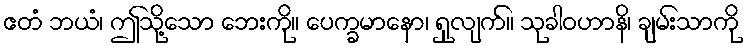
ဧတံ ဘယံ၊ ဤသို့သော ဘေးကို။ ပေက္ခမာနော၊ ရှုလျက်။ သုခါဝဟာနိ၊ ချမ်းသာကို